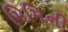
મિમિની